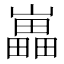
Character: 𡾋